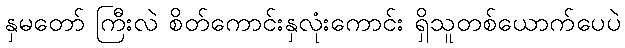
နှမတော် ကြီးလဲ စိတ်ကောင်းနှလုံးကောင်း ရှိသူတစ်ယောက်ပေပဲ